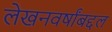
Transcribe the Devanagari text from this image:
लेखनवर्षांबद्दल